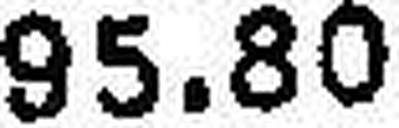
95.80